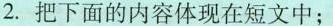
2.把下面的内容体现在短文中；